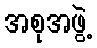
အစုအဖွဲ့